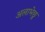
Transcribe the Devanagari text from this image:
अलाभेछु